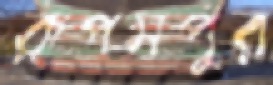
রূপসপুর